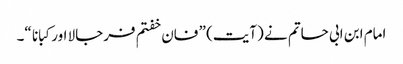
امام ابن ابی حاتم نے (آیت) ” فان خفتم فرجالا اور کبانا “۔